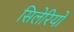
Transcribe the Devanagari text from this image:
सिलेरियो